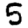
Digit: 5